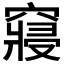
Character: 𥨊